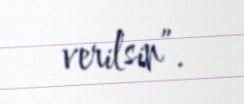
verilsin”.